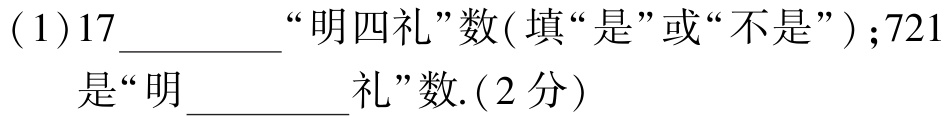
( 1 )$17$__________“明四礼”数( 填“是”或“不是” )；$721$是“明__________礼”数.( 2 分)